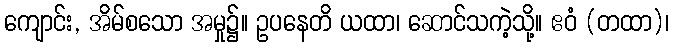
ကျောင်း, အိမ်စသော အမှု၌။ ဥပနေတိ ယထာ၊ ဆောင်သကဲ့သို့။ ဧဝံ (တထာ)၊